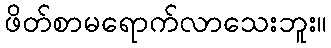
ဖိတ်စာမရောက်လာသေးဘူး။